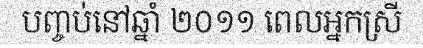
បញ្ចប់នៅឆ្នាំ ២០១១ ពេលអ្នកស្រី